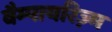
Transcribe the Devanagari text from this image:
वैम्पायरिज़्म